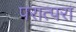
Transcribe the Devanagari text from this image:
परात्परा